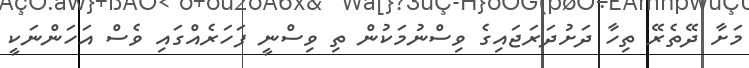
މަށާ ދޭތެރޭ ތިހާ ދަށުދަރަޖައިގެ ވިސްނުމަކުން ތި ވިސްނީ ފަހަރެއްގައި ވެސް އަހަންނަކީ